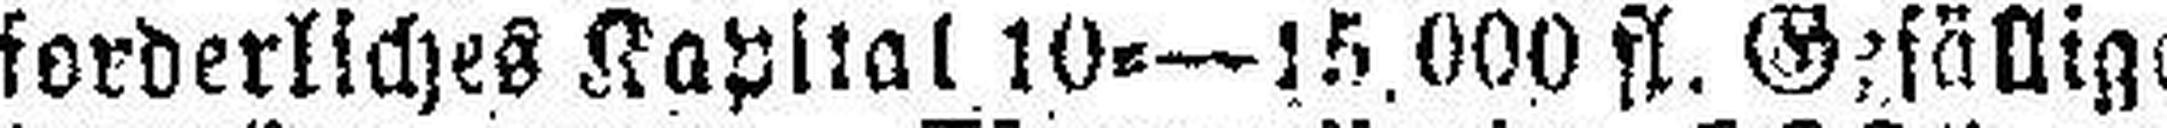
forderliches Kapital 10=—15.000 fl. Gefällige